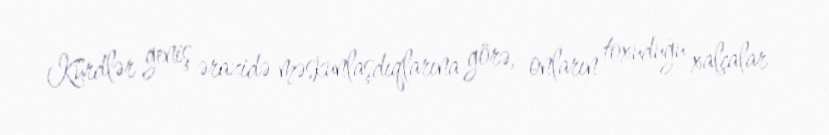
Kürdlər geniş ərazidə məskunlaşdıqlarına görə, onların toxuduğu xalçalar